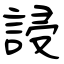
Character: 誛